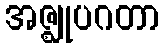
အဇ္ဈုပဂတာ